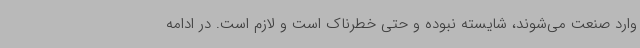
وارد صنعت می‌شوند، شایسته نبوده و حتی خطرناک است و لازم است. در ادامه